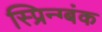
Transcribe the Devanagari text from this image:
स्प्रिन्ग्बंक